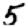
Digit: 5